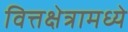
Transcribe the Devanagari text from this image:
वित्तक्षेत्रामध्ये